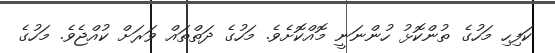
ކަފިހި މަހުގެ ތުންކޮޅު ހުންނަނީ މޮއްކޮށެވެ. މަހުގެ ދަތްތައް ވަރަށް ކުއްޖެވެ. މަހުގެ